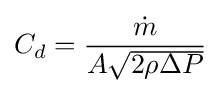
C_{d}={\frac {\dot {m}}{A{\sqrt {2\rho \Delta P}}}}